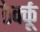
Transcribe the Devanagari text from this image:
ठेर्क्कू